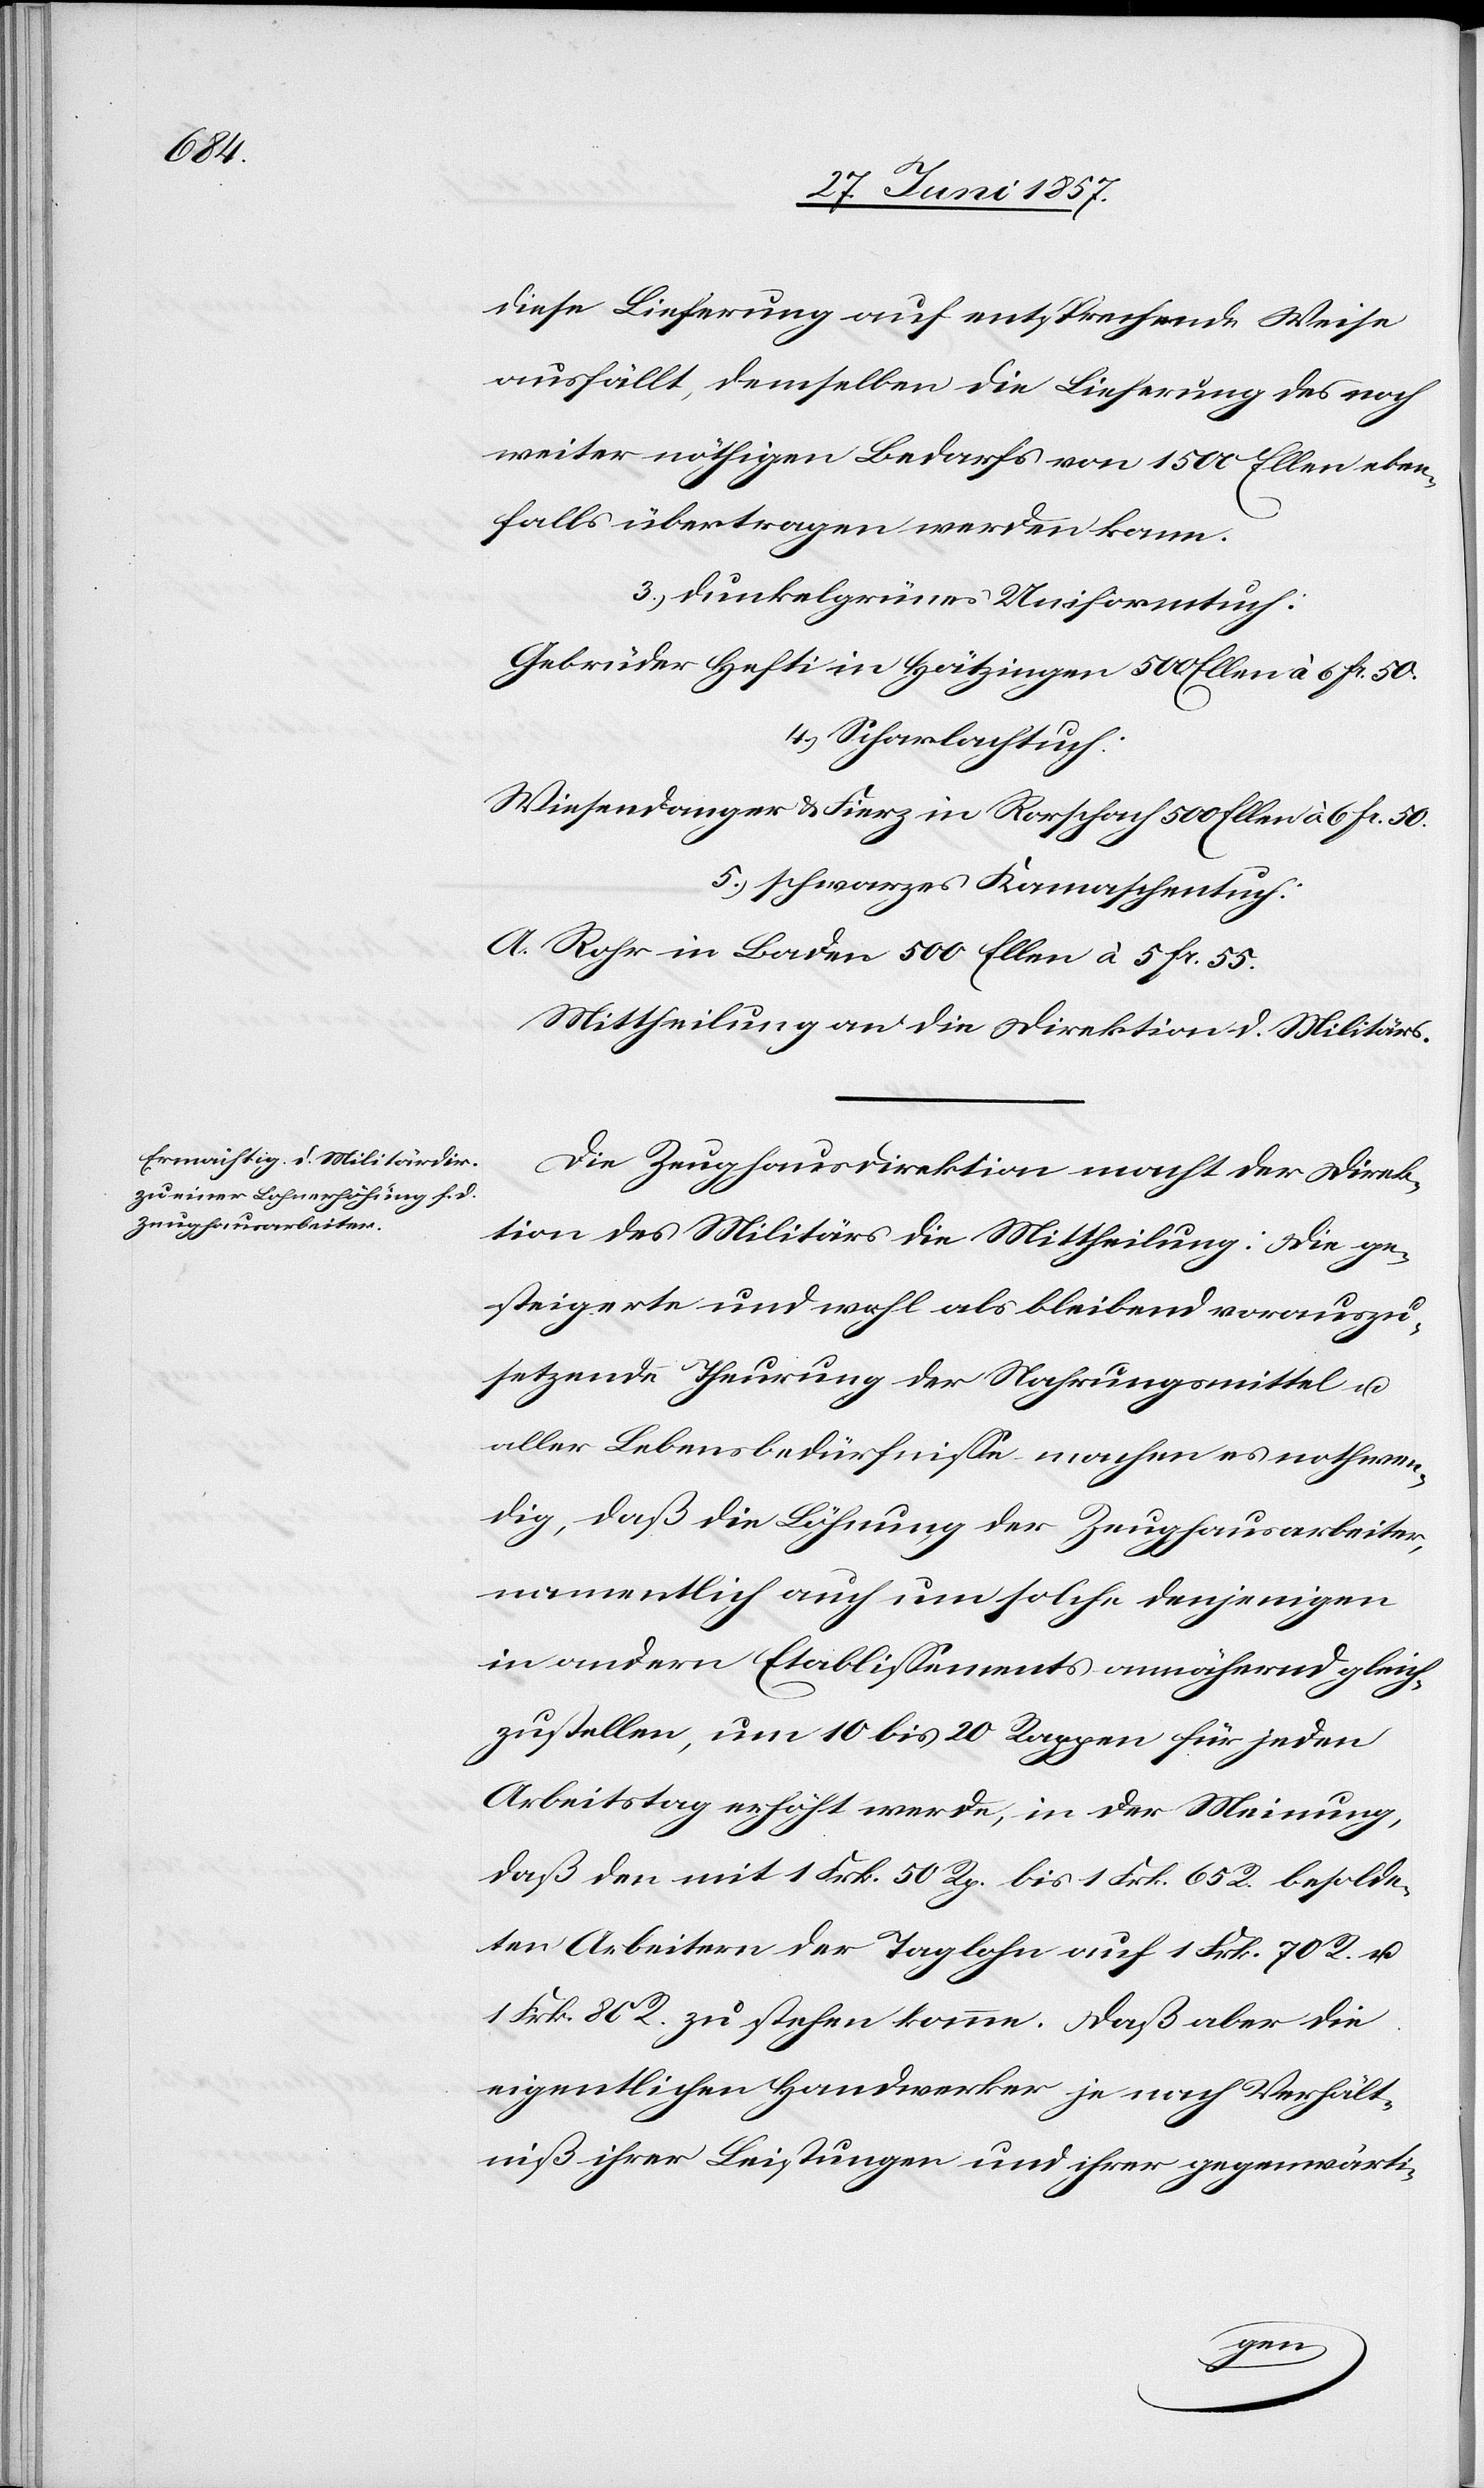
diese Lieferung auf entsprechende Weise
ausfällt, demselben die Lieferung des noch
weiter nöthigen Bedarfs von 1 500 Ellen eben¬
falls übertragen werden kann.
3.) dunkelgrünes Uniformtuch:
Gebrüder Helfti in Hätzingen 500 Ellen à 6 Fr. 50.
4.) Scharlachtuch:
Wiesendanger & Fierz in Rorschach 500 Ellen à 6 Fr. 50.
5.) schwarzes Kamaschentuch:
A. Rohr in Baden 500 Ellen à 5 Fr. 55.
Mittheilung an die Direktion d. Militärs.
Die Zeughausdirektion macht der Direk¬
tion des Militärs die Mittheilung: Die ge¬
steigerte und wohl als bleibend vorauszu¬
setzende Theurung der Nahrungsmittel u.
aller Lebensbedürfnisse machen es nothwen¬
dig, daß die Löhnung der Zeughausarbeiter,
namentlich auch um solche denjenigen
in andern Etablissements annähernd gleich¬
zustellen, um 10 bis 20 Rappen für jeden
Arbeitstag erhöht werde, in der Meinung,
daß den mit 1 Frk. 50 Rp. bis 1 Frk. 65 R. besolde¬
ten Arbeiten der Taglohn auf 1 Frk. 70 R. &
1 Frk. 80 R. zu stehen komme. Daß aber die
eigentlichen Handwerker je nach Verhält¬
niß ihrer Leistungen und ihrer gegenwärti-